Report of the Imperial Institute of Veterinary Research, Muktesar
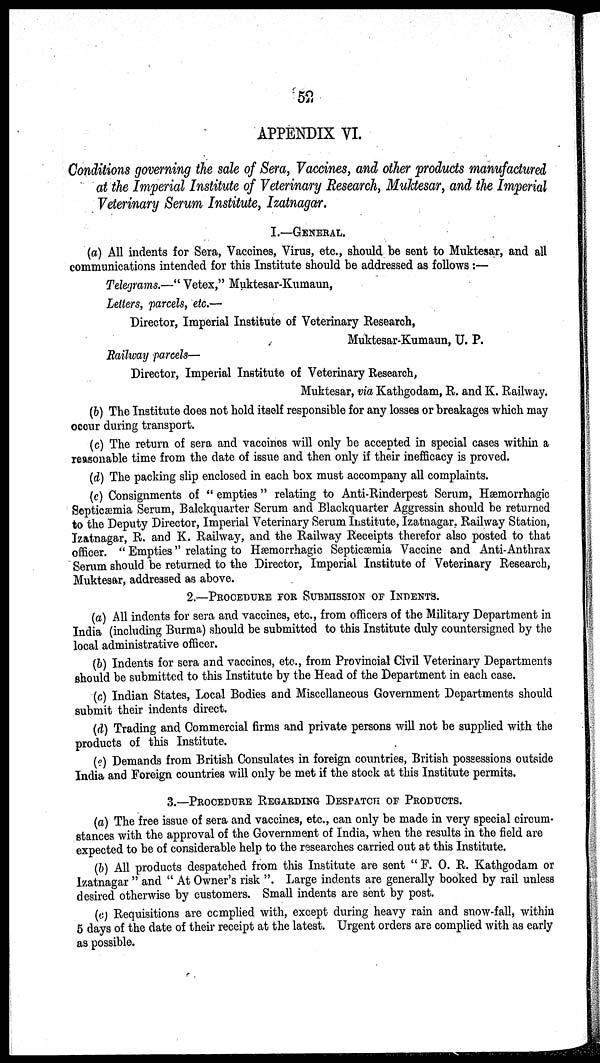
52
APPENDIX VI.
Conditions governing the sale of Sera, Vaccines, and other products manufactured
at the Imperial Institute of Veterinary Research, Muktesar, and the Imperial
Veterinary Serum Institute, Izatnagar.
I.—GENERAL.
(a) All indents for Sera, Vaccines, Virus, etc., should be sent to Muktesar, and all
communications intended for this Institute should be addressed as follows:—
Telegrams.—" Vetex," Muktesar-Kumaun,
Letters, parcels, etc.—
Director, Imperial Institute of Veterinary Research,
Muktesar-Kumaun, U. P.
Railway parcels—
Director, Imperial Institute of Veterinary Research,
Muktesar, via Kathgodam, R. and K. Railway.
(b) The Institute does not hold itself responsible for any losses or breakages which may
occur during transport.
(c) The return of sera and vaccines will only be accepted in special cases within a
reasonable time from the date of issue and then only if their inefficacy is proved.
(d) The packing slip enclosed in each box must accompany all complaints.
(e) Consignments of " empties " relating to Anti-Rinderpest Serum, Hæmorrhagic
Septicæmia Serum, Balckquarter Serum and Blackquarter Aggressin should be returned
to the Deputy Director, Imperial Veterinary Serum Institute, Izatnagar, Railway Station,
Izatnagar, R. and K. Railway, and the Railway Receipts therefor also posted to that
officer. " Empties" relating to Hæmorrhagic Septicæmia Vaccine and Anti-Anthrax
Serum should be returned to the Director, Imperial Institute of Veterinary Research,
Muktesar, addressed as above.
2.—PROCEDURE FOR SUBMISSION OF INDENTS.
(a) All indents for sera and vaccines, etc., from officers of the Military Department in
India (including Burma) should be submitted to this Institute duly countersigned by the
local administrative officer.
(b) Indents for sera and vaccines, etc., from Provincial Civil Veterinary Departments
should be submitted to this Institute by the Head of the Department in each case.
(c) Indian States, Local Bodies and Miscellaneous Government Departments should
submit their indents direct.
(d) Trading and Commercial firms and private persons will not be supplied with the
products of this Institute.
(e) Demands from British Consulates in foreign countries, British possessions outside
India and Foreign countries will only be met if the stock at this Institute permits.
3.—PROCEDURE REGARDING DESPATCH OF PRODUCTS.
(a) The free issue of sera and vaccines, etc., can only be made in very special circum-
stances with the approval of the Government of India, when the results in the field are
expected to be of considerable help to the researches carried out at this Institute.
(b) All products despatched from this Institute are sent " F. O. R. Kathgodam or
Izatnagar " and " At Owner's risk ". Large indents are generally booked by rail unless
desired otherwise by customers. Small indents are sent by post.
(c) Requisitions are complied with, except during heavy rain and snow-fall, within
5 days of the date of their receipt at the latest. Urgent orders are complied with as early
as possible.